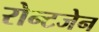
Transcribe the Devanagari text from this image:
रोन्टजेन